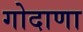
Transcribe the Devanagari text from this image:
गोदाणा